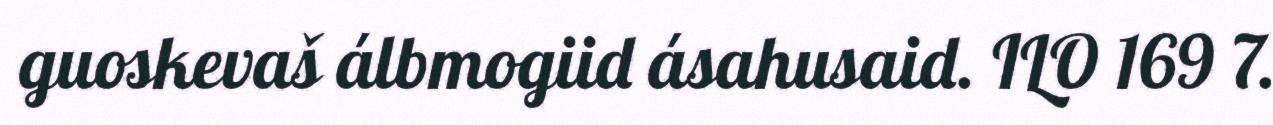
guoskevaš álbmogiid ásahusaid. ILO 169 7.